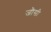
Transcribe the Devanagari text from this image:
जौसी